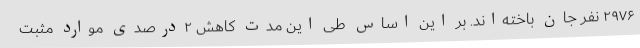
۲۹۷۶ نفر جان باخته‌اند. بر این اساس طی این مدت کاهش ۲درصدی موارد مثبت